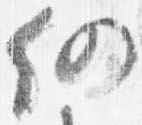
仍